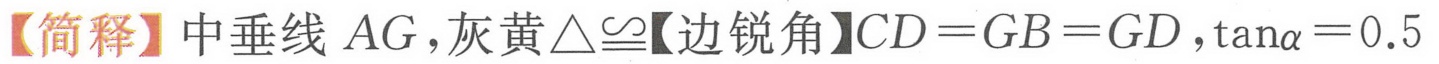
【简释】中垂线 \(AG\)，灰黄\(\triangle\cong\)【边锐角】\(CD = GB = GD\)，\(\tan\alpha = 0.5\)